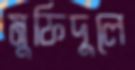
মুফিদুলে